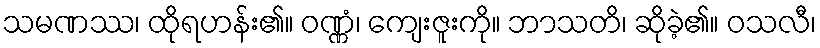
သမဏဿ၊ ထိုရဟန်း၏။ ဝဏ္ဏံ၊ ကျေးဇူးကို။ ဘာသတိ၊ ဆိုခဲ့၏။ ဝသလီ၊